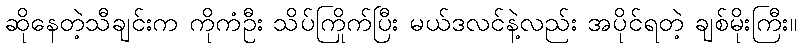
ဆိုနေတဲ့သီချင်းက ကိုကံဦး သိပ်ကြိုက်ပြီး မယ်ဒလင်နဲ့လည်း အပိုင်ရတဲ့ ချစ်မိုးကြီး။